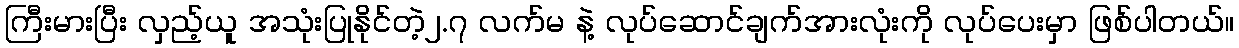
ကြီးမားပြီး လှည့်ယူ အသုံးပြုနိုင်တဲ့၂.၇ လက်မ နဲ့ လုပ်ဆောင်ချက်အားလုံးကို လုပ်ပေးမှာ ဖြစ်ပါတယ်။